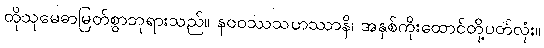
ထိုသုမေဓာမြတ်စွာဘုရားသည်။ နဝဝဿသဟဿာနိ၊ အနှစ်ကိုးထောင်တို့ပတ်လုံး။